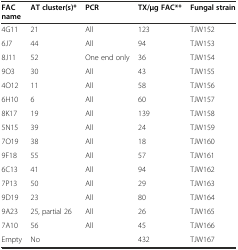
<table><thead><tr><td><b>FAC name</b></td><td><b>AT cluster(s)*</b></td><td><b>PCR</b></td><td><b>TX/μg FAC**</b></td><td><b>Fungal strain</b></td></tr></thead><tbody><tr><td>4G11</td><td>21</td><td>All</td><td>123</td><td>TJW152</td></tr><tr><td>6J7</td><td>44</td><td>All</td><td>94</td><td>TJW153</td></tr><tr><td>8J11</td><td>52</td><td>One end only</td><td>36</td><td>TJW154</td></tr><tr><td>9O3</td><td>30</td><td>All</td><td>43</td><td>TJW155</td></tr><tr><td>4O12</td><td>11</td><td>All</td><td>58</td><td>TJW156</td></tr><tr><td>6H10</td><td>6</td><td>All</td><td>60</td><td>TJW157</td></tr><tr><td>8K17</td><td>19</td><td>All</td><td>139</td><td>TJW158</td></tr><tr><td>5N15</td><td>39</td><td>All</td><td>24</td><td>TJW159</td></tr><tr><td>7O19</td><td>38</td><td>All</td><td>18</td><td>TJW160</td></tr><tr><td>9F18</td><td>55</td><td>All</td><td>57</td><td>TJW161</td></tr><tr><td>6C13</td><td>41</td><td>All</td><td>94</td><td>TJW162</td></tr><tr><td>7P13</td><td>50</td><td>All</td><td>29</td><td>TJW163</td></tr><tr><td>9D19</td><td>23</td><td>All</td><td>80</td><td>TJW164</td></tr><tr><td>9A23</td><td>25, partial 26</td><td>All</td><td>26</td><td>TJW165</td></tr><tr><td>7A10</td><td>56</td><td>All</td><td>45</td><td>TJW166</td></tr><tr><td>Empty</td><td>No</td><td></td><td>432</td><td>TJW167</td></tr></tbody></table>